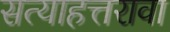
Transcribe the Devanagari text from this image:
सत्याहत्तरावा